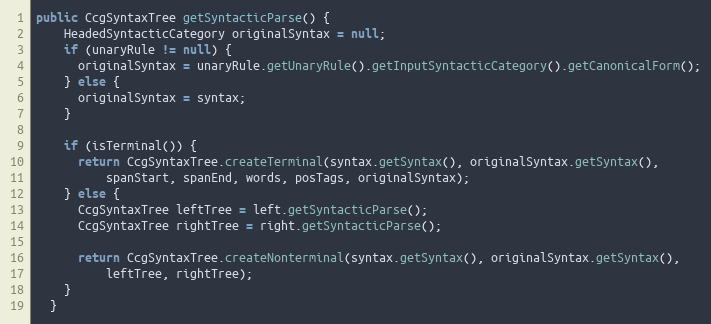
Language: Java
public CcgSyntaxTree getSyntacticParse() {
    HeadedSyntacticCategory originalSyntax = null;
    if (unaryRule != null) {
      originalSyntax = unaryRule.getUnaryRule().getInputSyntacticCategory().getCanonicalForm();
    } else {
      originalSyntax = syntax;
    }

    if (isTerminal()) {
      return CcgSyntaxTree.createTerminal(syntax.getSyntax(), originalSyntax.getSyntax(),
          spanStart, spanEnd, words, posTags, originalSyntax);
    } else {
      CcgSyntaxTree leftTree = left.getSyntacticParse();
      CcgSyntaxTree rightTree = right.getSyntacticParse();

      return CcgSyntaxTree.createNonterminal(syntax.getSyntax(), originalSyntax.getSyntax(),
          leftTree, rightTree);
    }
  }